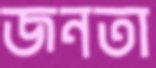
জনতা